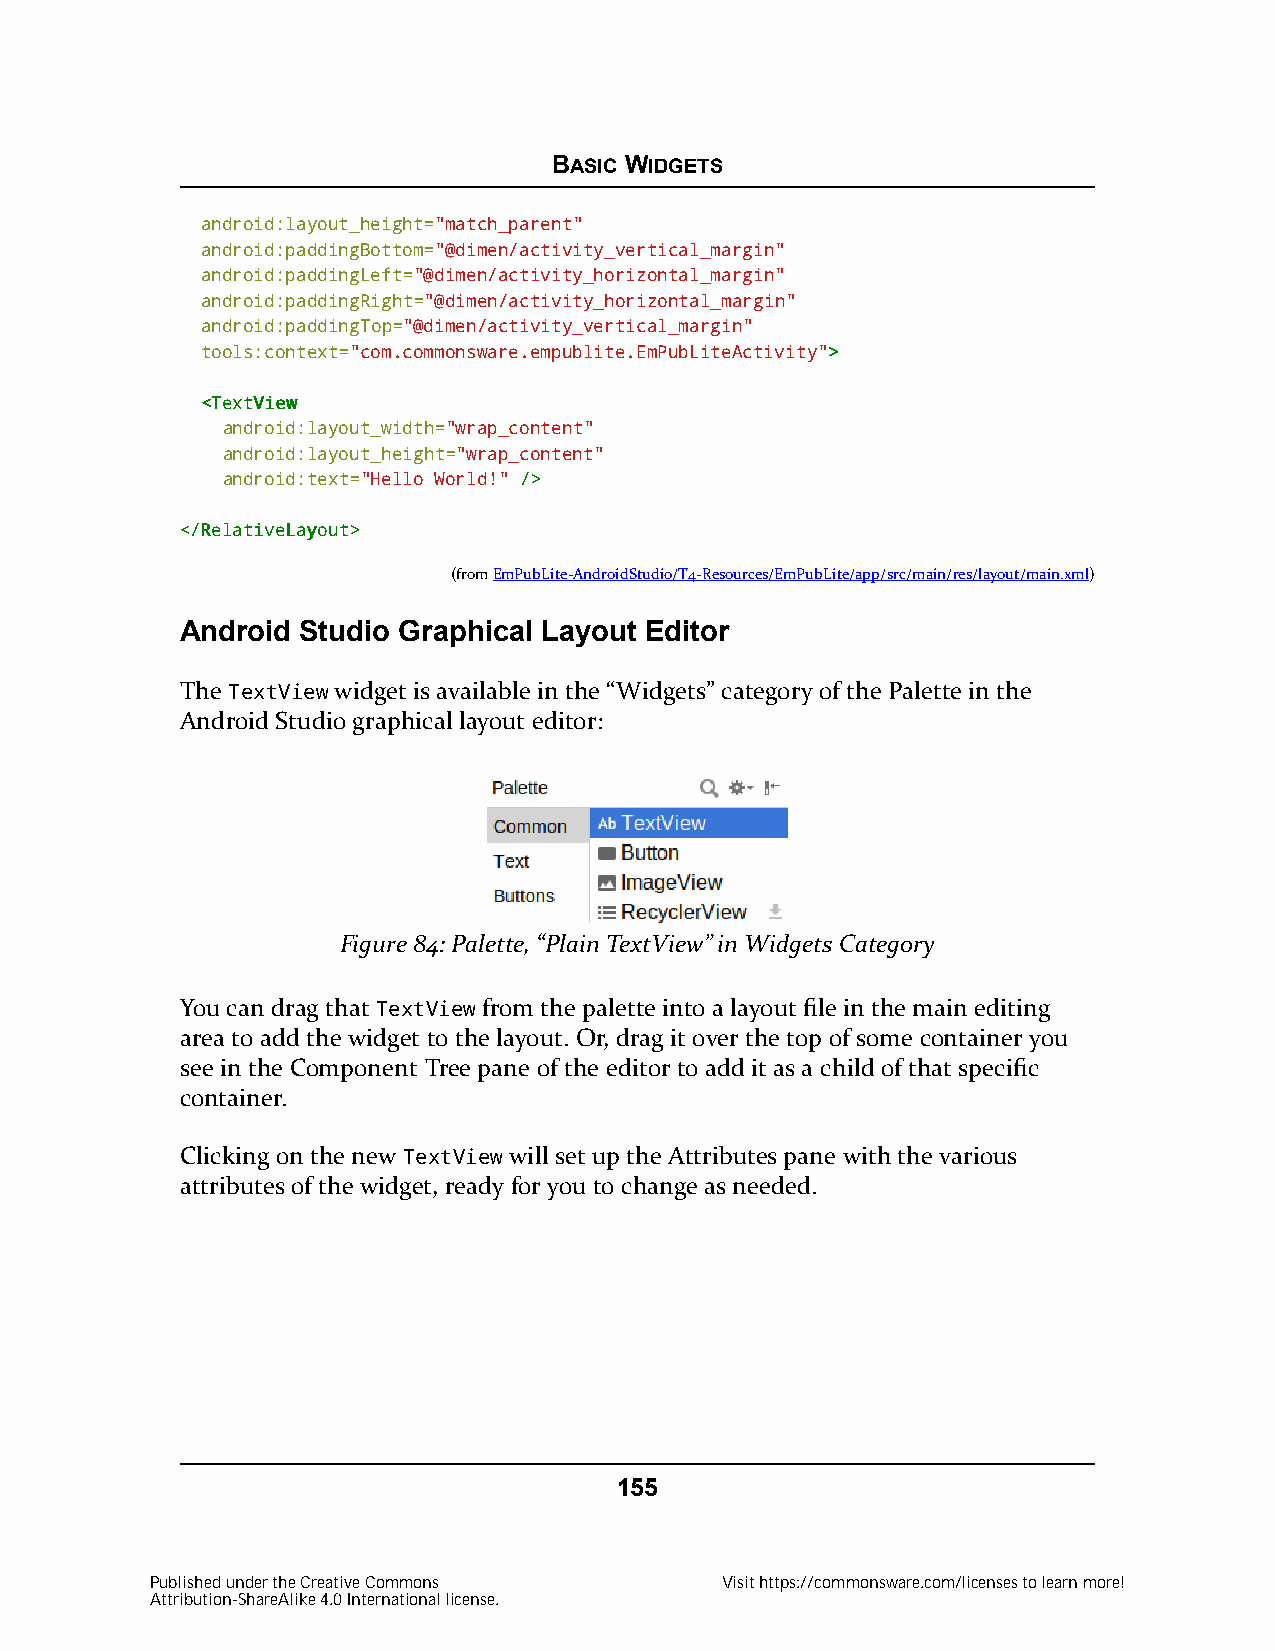
BASIC WIDGETS
 android:layout_height="match_parent"
 android:paddingBottom="@dimen/activity_vertical_margin"
 android:paddingLeft="@dimen/activity_horizontal_margin"
 android:paddingRight="@dimen/activity_horizontal_margin"
 android:paddingTop="@dimen/activity_vertical_margin"
 tools:context="com.commonsware.empublite.EmPubLiteActivity">>
 <<TTeexxttVViieeww
 android:layout_width="wrap_content"
 android:layout_height="wrap_content"
 android:text="Hello World!" //>>
 <<//RReellaattiivveeLLaayyoouutt>>
 (fromEmPubLite-AndroidStudio/T4-Resources/EmPubLite/app/src/main/res/layout/main.xml)
 Android Studio Graphical Layout Editor
 The TextView widget is available in the “Widgets” category of the Palette in the
 Android Studio graphical layout editor:
 Figure 84: Palette, “Plain TextView” in Widgets Category
 You can drag that TextView from the palette into a layout file in the main editing
 area to add the widget to the layout. Or, drag it over the top of some container you
 see in the Component Tree pane of the editor to add it as a child of that specific
 container.
 Clicking on the new TextView will set up the Attributes pane with the various
 attributes of the widget, ready for you to change as needed.
 155
 Published under the Creative Commons  Visit https://commonsware.com/licenses to learn more!
 Attribution-ShareAlike 4.0 International license.